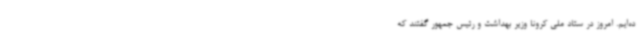
ده‌ایم. امروز در ستاد ملی کرونا وزیر بهداشت و رئیس جمهور گفتند که